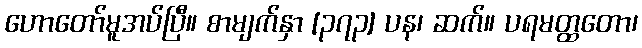
ဟောတော်မူအပ်ပြီ။ စာမျက်နှာ [၃၇၃] ပန၊ ဆက်။ ပရမတ္ထတော၊